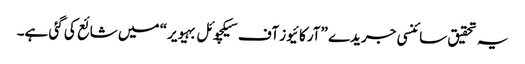
یہ تحقیق سائنسی جریدے ”آرکائیوز آف سیکچوئل بہیویر“ میں شائع کی گئی ہے۔